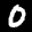
Label: 0